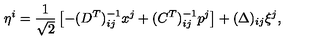
\eta ^ { i } = \frac { 1 } { \sqrt { 2 } } \left[ - ( D ^ { T } ) _ { i j } ^ { - 1 } x ^ { j } + ( C ^ { T } ) _ { i j } ^ { - 1 } p ^ { j } \right] + ( \Delta ) _ { i j } \xi ^ { j } ,